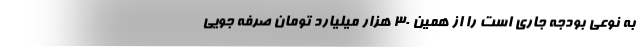
به نوعی بودجه جاری است را از همین ۳۰ هزار میلیارد تومان صرفه جویی